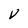
Character: V